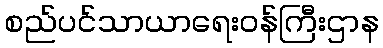
စည်ပင်သာယာရေးဝန်ကြီးဌာန